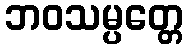
ဘဝသမ္ပတ္တေ